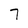
Character: 7